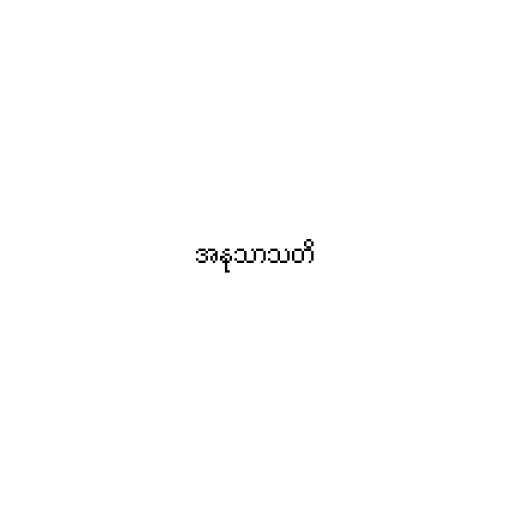
အနုသာသတိ